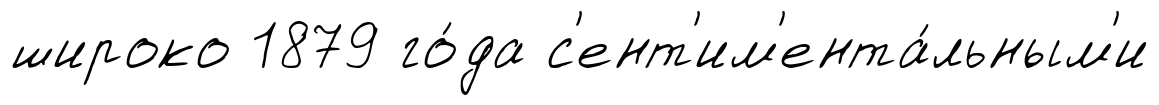
широко 1879 го́да с'ент'им'ента́льным'и